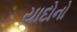
યાદોનો